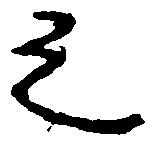
之